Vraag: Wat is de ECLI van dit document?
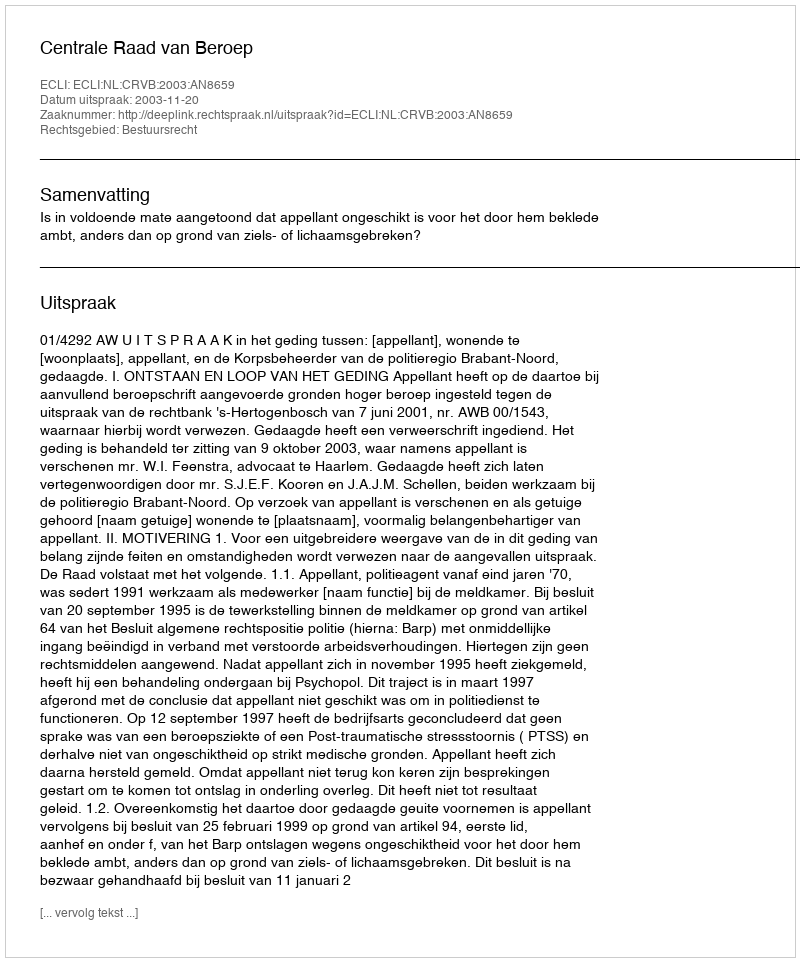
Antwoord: ECLI:NL:CRVB:2003:AN8659